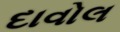
દાવોલ